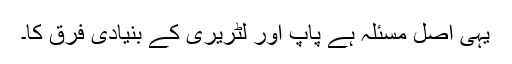
یہی اصل مسئلہ ہے پاپ اور لٹریری کے بنیادی فرق کا۔